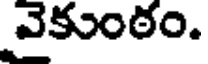
వైకుంఠం.